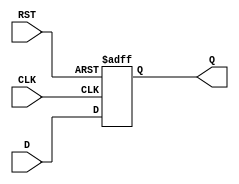
module IntermediateRegister (
    input wire [WIDTH-1:0] D,    // Data Input
    input wire CLK,               // Clock Input
    input wire RST,               // Reset Input
    output reg [WIDTH-1:0] Q      // Data Output
);
    parameter WIDTH = 8;          // Parameter to define the width of the register

    // Synchronous behavior
    always @(posedge CLK or posedge RST) begin
        if (RST) begin
            Q <= {WIDTH{1'b0}};    // Asynchronous Reset to 0
        end else begin
            Q <= D;                // Capture Data Input on Clock edge
        end
    end
endmodule